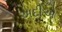
અદીએ